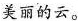
美丽的云。